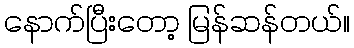
နောက်ပြီးတော့ မြန်ဆန်တယ်။